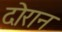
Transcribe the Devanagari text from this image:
दॊरान